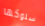
سلوكها